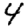
Digit: 4